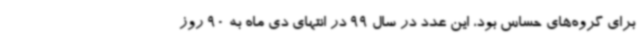
برای گروه‌های حساس بود، این عدد در سال 99 در انتهای دی ماه به 90 روز